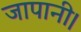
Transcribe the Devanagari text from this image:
जापानी।